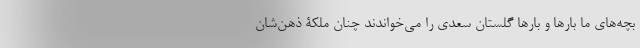
بچه‌های ما بارها و بارها گلستان سعدی را می‌خواندند چنان ملکۀ ذهن‌شان